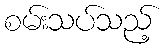
စမ်းသပ်သည့်